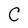
Character: C